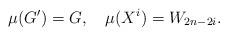
LaTeX: \begin{align*}\mu(G')=G,\quad\mu(X^{i})=W_{2n-2i}.\end{align*}